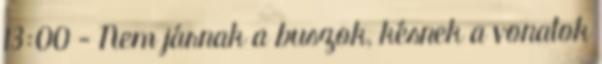
13:00 - Nem járnak a buszok, késnek a vonatok